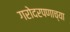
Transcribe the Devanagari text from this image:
गरोदरपणाच्या